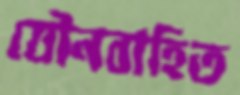
যৌনবাহিত